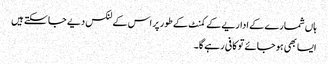
ہاں شمارے کے اداریے کے کمنٹ کے طور پر اس کے لنکس دیے جا سکتے ہیں
ایسا بھی ہو جائے تو کافی رہے گا۔